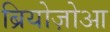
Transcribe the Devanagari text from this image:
ब्रियोज़ोआ